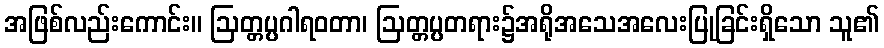
အဖြစ်လည်းကောင်း။ ဩတ္တပ္ပဂါရဝတာ၊ ဩတ္တပ္ပတရား၌အရိုအသေအလေးပြုခြင်းရှိသော သူ၏